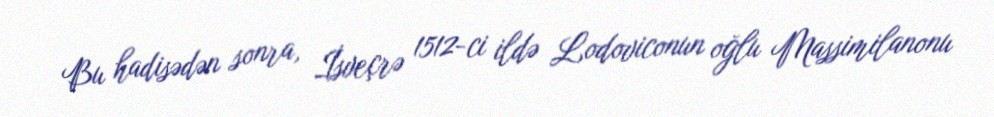
Bu hadisədən sonra, İsveçrə 1512-ci ildə Lodoviconun oğlu Massimilanonu